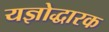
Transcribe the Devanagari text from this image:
यज्ञोद्धारक